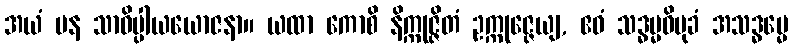
အယံ ပန သာဓိပ္ပါယယောဇနာ။ ယထာ ကောစိ နိက္ကုဇ္ဇိတံ ဥက္ကုဇ္ဇေယျ, ဧဝံ သဒ္ဓမ္မဝိမုခံ အသဒ္ဓမ္မေ